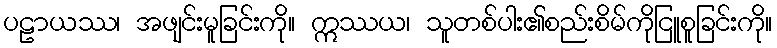
ပဠာယဿ၊ အဖျင်းမူခြင်းကို။ ဣဿယ၊ သူတစ်ပါး၏စည်းစိမ်ကိုငြူစူခြင်းကို။